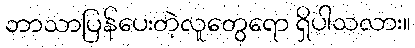
ဘာသာပြန်ပေးတဲ့လူတွေရော ရှိပါသလား။